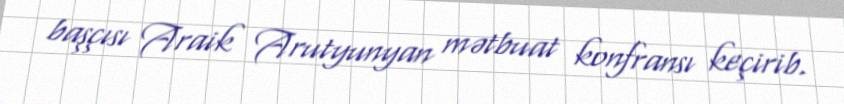
başçısı Araik Arutyunyan mətbuat konfransı keçirib.